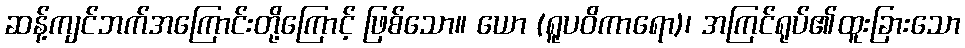
ဆန့်ကျင်ဘက်အကြောင်းတို့ကြောင့် ဖြစ်သော။ ယော (ရူပဝိကာရော)၊ အကြင်ရုပ်၏ထူးခြားသော